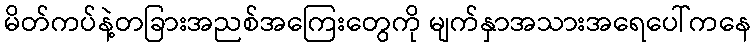
မိတ်ကပ်နဲ့တခြားအညစ်အကြေးတွေကို မျက်နှာအသားအရေပေါ်ကနေ